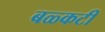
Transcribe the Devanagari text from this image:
बळ्कटी